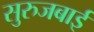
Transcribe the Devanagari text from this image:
सुरुजबाई